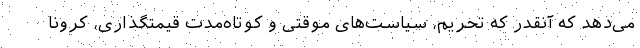
می‌دهد که آنقدر که تحریم، سیاست‌های موقتی و کوتاه‌مدت قیمتگذاری، کرونا